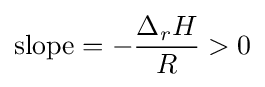
{\text{slope}}=-{\frac {\Delta _{r}H}{R}}>0